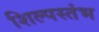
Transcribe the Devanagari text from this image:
शिल्पस्तंभ